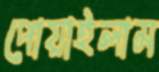
পোয়াইলাম